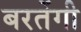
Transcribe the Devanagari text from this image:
बरतेंगी